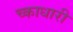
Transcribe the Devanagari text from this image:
च्काधारी